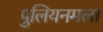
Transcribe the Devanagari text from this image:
पुलियनमला